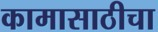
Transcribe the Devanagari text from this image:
कामासाठीचा